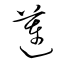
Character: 蓮